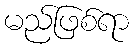
မည်ဖြစ်ရာ